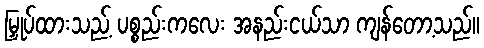
မြှုပ်ထားသည့် ပစ္စည်းကလေး အနည်းငယ်သာ ကျန်တော့သည်။